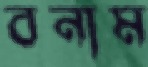
বনাম